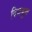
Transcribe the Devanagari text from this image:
विज़बुक